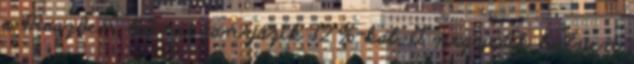
a Maazben botnet tanyázik 12 %-kal. A negyedik helyen